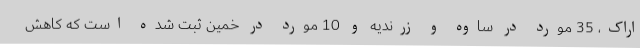
اراک، 35 مورد در ساوه و زرندیه و 10 مورد در خمین ثبت شده است که کاهش